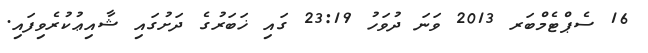
16 ސެޕްޓެމްބަރ 2013 ވަނަ ދުވަހު 23:19 ގައި ޚަބަރުގެ ދަށުގައި ޝާއިޢުކުރެވިފައި.